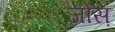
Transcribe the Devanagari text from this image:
जोस़